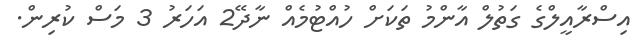
އިސްރާއީލްގެ ގަތުލް އާންމު ތަކަށް ހުއްޓުމެއް ނާދޭ2 އަހަރު 3 މަސް ކުރިން.